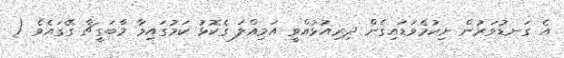
އެ ގަނޑުވަރުން ނިކުމެވަޑައިގެން ދިރިއުޅުއްވީ އަމިއްލަ ގެކޮޅު ކަމުގައިވާ މާބަގީޗާ ގޭގައެވެ (